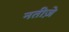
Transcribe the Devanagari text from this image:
नतीज़े